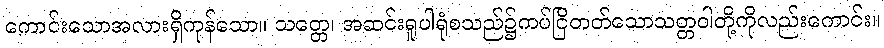
ကောင်းသောအလားရှိကုန်သော။ သတ္တေ၊ အဆင်းရူပါရုံစသည်၌ကပ်ငြိတတ်သောသတ္တဝါတို့ကိုလည်းကောင်း။